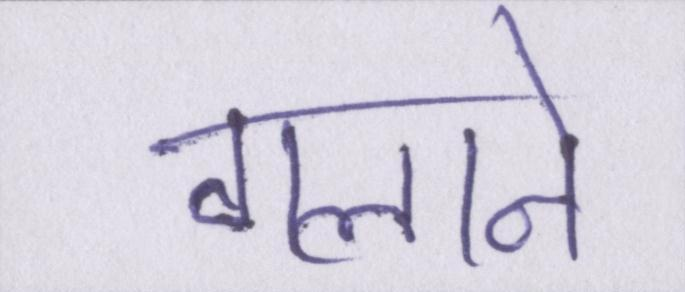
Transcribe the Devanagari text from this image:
गलाने